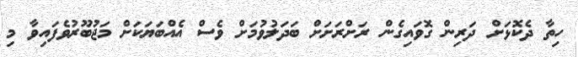
ހިތާ ދެކޮޅަށް ދަރިން ގޮވައިގެން ރަށްރަށަށް ބަދަލުވުމަށް ވެސް އެއްބަޔަކަށް މަޖުބޫރުވެފައިވާ މި